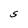
Character: S